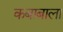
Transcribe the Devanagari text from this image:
कबाबाला